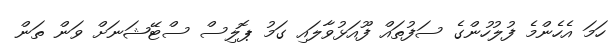
ހަމަ އެހެންމެ ފުލުހުންގެ ސަފުތައް ފޫއަޅުވާލައި ގަމު ޕޮލިސް ސްޓޭޝަނަށް ވަން ތަން